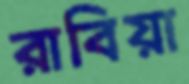
রাবিয়া